Lunatic asylums Bombay report 1891-1903 - 1891-1903
Year: 1891
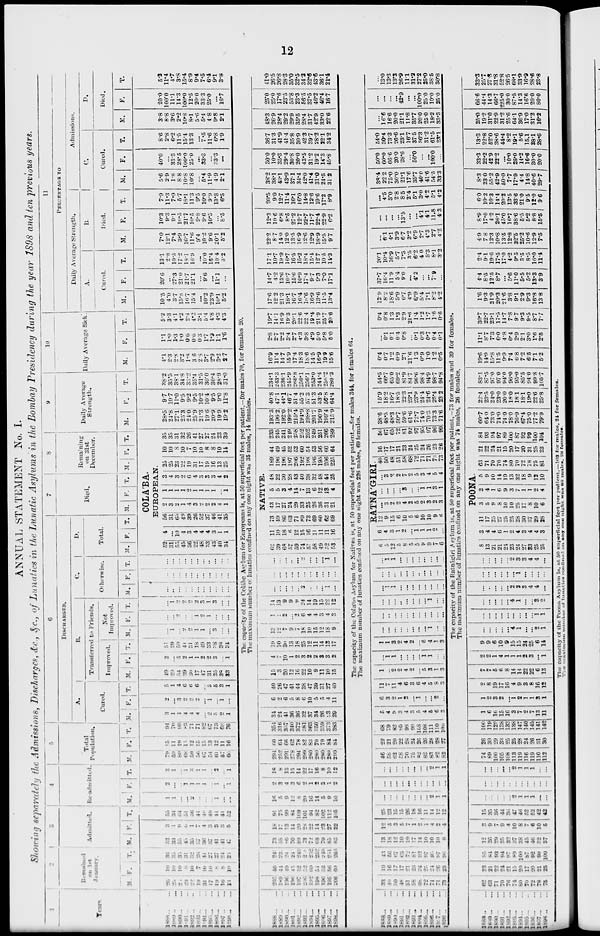
12
ANNUAL STATEMENT No. I.
Showing separately the Admissions, Discharges, &c., &c., of Lunatics in the Lunatic Asylums in the Bombay Presidency during the year 1898 and ten previous years.
1
Year.
1888 ... ...
1889 ... ...
1890 ... ...
1891 ... ...
1892 ... ...
1893 ... ...
1894 ... ...
1895 ... ...
1896 ... ...
1897 ... ...
1898 ... ...
2
Remained
on 1st
January
M.
26
25
25
23
22
19
31
17
19
16
13
F.
10
10
10
8
10
7
10
10
8
8
10
T.
36
35
35
31
32
26
41
27
27
24
23
3
Admitted.
M.
52
33
55
45
35
37
36
37
41
41
47
F.
3
1
9
6
1
7
4
3
3
3
5
T.
55
34
64
51
36
44
40
40
44
44
52
4
Re-admitted.
M.
1
1
...
...
2
...
...
...
1
...
...
F.
2
...
...
1
1
1
1
...
1
...
1
T.
3
1
...
1
3
1
1
...
2
...
1
5
Total
Population.
M.
79
59
80
68
59
55
67
54
61
57
60
F.
15
11
19
15
12
15
15
13
12
11
16
T.
94
70
99
83
71
71
82
67
73
68
76
6
DISCHARGED.
A.
Cured.
M.
3
1
1
4
4
4
...
2
5
2
1
F.
2
...
3
2
2
2
...
1
...
1
...
T.
5
1
4
6
6
6
...
3
5
3
1
B.
Transferred to Friends.
Improved.
M.
49
29
54
39
30
17
47
31
35
38
33
F.
2
...
5
2
1
1
2
2
3
...
1
T.
51
29
59
41
31
18
49
33
38
38
34
Not
Improved.
M.
...
1
...
2
2
1
1
...
3
...
...
F.
...
...
2
...
...
1
2
1
...
...
...
T.
...
1
2
2
2
2
3
1
3
...
...
C.
Otherwise.
M.
...
...
...
...
...
...
...
...
...
...
...
F.
...
...
...
...
...
...
...
...
...
...
...
T.
...
...
...
...
...
...
...
...
...
...
...
D.
Total.
M.
F. T.
7
Died.
M.
F.
T.
8
Remaining
on 31st
December.
M.
F.
T .
COLA'BA.
EUROPEAN.
52
31
55
45
36
22
48
33
43
40
34
4
...
10
4
3
4
4
4
3
1
1
56
31
65
49
39
26
52
37
46
41
35
2
3
2
1
4
3
2
2
2
4
1
1
1
1
1
2
1
1
1
1
...
1
3
4
3
2
6
4
3
3
3
4
2
25
25
23
22
19
31
17
19
16
13
25
10
10
8
10
7
10
10
8
8
10
14
35
35
31
32
26
41
27
27
24
23
39
9
Daily Average
Strength.
M.
28.5
24.8
27.1
25.3
24.0
25.9
21.3
19.6
20.9
19.9
19.2
F.
9.7
10.7
11.0
9.5
9.2
9.5
10.2
10.4
9.5
9.0
11.8
T.
38.2
35.5
38.1
34.8
33.2
35.4
31.5
30.0
30.4
28.9
31.0
10
Daily Average Sick.
M.
4.1
2.3
2.8
3.2
1.8
3.6
2.8
3.7
2.9
3.2
2.7
F.
1.1
1.0
1.3
1.0
0.6
0.6
0.3
1.7
1.9
1.1
1.6
T.
5.2
3.3
4.1
4.2
2.4
4.2
3.1
5.4
4.8
4.3
4.3
11
PERCENTAGE TO
Daily Average Strength.
A.
Cured.
M.
10.5
4.0
3.7
15.8
10.7
15.4
...
10.2
23.9
10.1
5.2
F.
20.6
...
27.3
21.0
21.7
21.1
...
9.6
...
11.1
...
T.
13.1
2.8
10.5
17.2
18.1
16.1
...
16.0
16.4
10.4
3.2
B.
Died.
M.
7.0
12.1
7.4
3.9
16.7
11.0
9.4
10.2
9.6
20.1
5.2
F.
10.3
9.3
9.1
10.5
21.7
10.5
9.8
9.6
10.5
...
8.5
T.
7.9
11.3
7.9
5.7
18.1
11.3
9.5
10.0
9.9
13.8
6.5
Admissions.
C.
Cured.
M.
5.6
29
1.8
8.8
10.8
10.8
...
5.4
11.9
4.9
2.1
F.
40.0
...
33.3
28.5
100.0
25.0
...
33.3
...
33.3
...
T.
8.6
2.8
6.2
11.5
15.4
13.3
...
7.5
11.6
6.8
1.9
D.
Died.
M.
3.8
8.8
3.6
2.2
10.8
8.1
5.6
5.4
4.8
9.8
2.1
F.
20.0
100.0
11.1
14.3
100.0
12.5
20.0
33.3
25.0
...
16.7
T.
5.3
11.4
4.7
3.8
15.4
8.9
9.4
7.5
6.4
9.1
3.8
The capacity of the Colába Asylum for Europeans is, at 50 superficial feet per patient.—for males 70, for females 20.
The maximum number of lunatics confined on any one night was 35 males, 14 females.
1888 ... ...
1889 ... ...
1890
... ...
1891 ... ...
1892 ... ...
1893 ... ...
1894 ... ...
1895
... ...
1896 ... ...
1897 ... ...
1898
... ...
205
189
196
196
197
206
192
198
196
195
206
40
44
49
45
52
52
60
54
53
56
60
245
233
241
241
249
258
252
252
249
251
266
73
58
86
70
89
73
72
68
79
85
83
18
17
13
14
20
28
22
14
23
27
22
91
75
99
84
l09
101
94
82
102
112
105
16
5
9
12
8
20
16
14
5
9
10
2
3
4
3
6
2
1
2
3
1
2
18
8
13
15
14
22
17
16
8
10
12
294
252
291
278
294
299
280
280
280
289
299
60
64
66
62
78
82
83
70
79
84
84
354
316
357
340
372
381
363
350
359
373
383
34
24
41
36
36
32
37
34
26
23
29
6
2
6
5
8
6
10
5
5
4
11
40
26
47
41
44
38
47
39
31
27
40
15
3
20
12
36
22
10
9
11
10
15
4
7
10
1
2
3
2
2
3
3
2
19
10
30
13
38
25
12
11
14
13
17
13
12
7
9
7
18
10
15
12
18
9
1
1
2
...
2
6
4
4
3
4
3
14
13
9
9
9
24
14
19
15
22
12
...
...
...
...
...
2
...
...
...
1
...
...
...
...
...
...
...
...
...
...
...
...
...
...
...
...
...
2
...
...
...
1
...
NATIVE.
62
39
68
57
59
74
57
58
49
52
53
11
10
18
6
12
15
16
11
11
11
16
73
49
86
63
71
89
73
69
60
63
69
43
17
27
24
29
33
25
26
36
31
21
5
5
3
4
14
7
13
6
12
13
4
48
22
30
28
43
40
38
32
48
44
25
189
196
196
197
206
192
198
196
195
206
225
44
49
45
52
52
60
54
53
56
60
64
233
245
241
249
258
252
252
249
251
266
289
193.3
196.2
192.0
399.2
215.4
194.9
198.8
201.7
190.9
199.4
215.9
40.8
47.1
44.1
46.7
514
55.2
57.3
51.3
53.5
56.8
64.4
234.1
243.3
236.1
245.9
266.8
250.1
256.1
253.0
244.4
256.2
280.3
16.9
11.4
14.7
15.9
17.4
18.3
18.6
14.5
16.9
19.9
15.6
2.8
2.7
2.2
3.4
2.7
4.3
3.8
4.9
5.0
5.8
5.0
19.7
14.1
16.9
19.3
20.1
22.6
22.4
19.4
21.9
26.7
20.6
17.6
12.2
21.3
18.1
36.7
16.4
18.6
16.9
13.6
11.5
13.4
14.7
4.2
33.6
10.7
15.6
10.9
17.4
9.7
9.3
7.0
17.1
17.1
10.7
19.9
16.7
36.5
15.2
18.4
15.4
12.7
10.5
14.3
22.2
8.7
14.0
12.0
13.5
16.9
12.6
12.9
18.9
15.5
9.7
12.3
10.6
6.8
8.5
27.2
12.7
22.7
11.7
22.4
22.9
6.2
20.5
9.0
12.7
11.4
16.1
16.0
14.8
12.6
19.6
17.2
8.9
38.2
38.1
43.1
43.9
37.1
34.4
42.0
41.4
31.0
24.5
31.2
30.0
10.0
35.3
29.4
30.8
20.0
43.5
31.2
19.2
14.3
45.8
36.7
31.3
41.9
41.4
358
30.9
42.3
39.7
28.2
22.1
34.2
48.3
26.9
28.4
29.2
29.9
35.5
28.4
31.7
42.9
33.0
22.6
25.0
25.0
17.6
23.5
53.8
23.3
56.5
37.5
46.2
46.4
16.7
41.0
26.5
26.8
28.3
35.0
32.5
34.2
32.6
43.6
36.1
21.4
The capacity of the Colába Asylum for Natives is, at 50 superficial feet per patient,—for males 344, for females 64.
The maximum number of lunatics confined on any one night was 226 males, 69 females.
1888 ... ...
1889 ... ...
1890 ... ...
1891 ... ...
1892 ... ...
1893 ... ...
1894 ... ...
1895 ... ...
1896 ... ...
1897 ... ...
1898 ... ...
33
40
50
48
51
58
68
72
71
71
73
10
16
37
17
21
23
24
25
24
26
23
43
56
67
65
72
81
92
97
95
97
96
13
18
12
10
19
17
14
10
10
10
8
12
5
3
5
7
1
2
1
4
2
4
25
23
15
15
26
18
16
11
14
12
12
...
...
...
...
...
...
...
...
2
1
1
...
...
...
...
...
...
...
...
...
...
...
...
...
...
...
...
...
...
...
2
1
1
46
58
62
58
70
75
82
82
83
82
82
22
21
20
22
28
24
26
26
28
28
27
68
79
82
80
98
99
168
108
111
110
109
5
4
9
3
4
3
5
4
5
6
3
6
3
2
1
2
...
1
...
...
2
...
11
7
11
4
6
3
6
4
5
8
3
1
...
2
2
4
2
...
5
3
1
3
...
1
1
...
...
...
1
1
...
...
1
1
3
2
4
2
...
6
4
1
3
...
...
...
...
...
...
...
...
1
...
...
...
..
...
...
...
...
...
...
...
...
...
...
...
...
..
...
...
...
...
1
...
...
...
1
1
...
...
...
...
...
...
...
...
...
...
...
...
...
...
...
...
...
...
...
...
1 1
...
...
...
...
...
...
...
...
6
5
12
5
8
5
5
9
9
7
6
RATNA'GIRI.
6
4
3
1
2
...
1
1
1
2
...
12
9
15
6
10
5
6
10
10
9
6
...
3
2
2
4
2
5
2
3
2
3
...
...
...
... 3
...
...
1
1
3
1
...
3
2
2
7
2
5
3
4
5
4
40
50
48
51
58
68
72
71
71
73
73
16
17
17
21
23
24
25
24
26
23
26
56
67
65
72
81
92
97
95
97
96
99
38.6
48.5
48.3
50.7
59.6
61.6
72.7
74.0
70.3
73.3
71.6
15.9
18.2
36.7
18.5
22.3
23.1
23.9
24.4
24.6
25.4
23.2
54.5
66.7
65.0
69.2
81.9
84.7
96.6
98.4
94.9
98.7
94.8
0.4
0.7
1.2
0.9
2.1
21.6
1.3
0.9
1.0
1.2
0.5
...
0.1
0.1
0.4
0.8
...
0.1
0.3
0.7
0.4
0.1
0.4
0.8
1.3
1.3
29.
21.6
1.4
1.2
1.7
1.6
0.6
12.9
8.2
18.6
5.9
6.7
4.9
6.9
5.4
7.1
8.2
4.2
37.7
16.4
11.9
5.4
9.0
...
4.2
...
...
7.9
...
20.1
10.4
16.9
5.7
7.3
3.5
6.2
4.0
5.3
8.1
3.2
...
6.1
4.1
3.9
6.7
3.2
6.9
2.7
4.3
2.7
4.2
...
... ...
...
13.5
...
... 4.1
4.1
11.8
4.3
...
4.5
3.0
2.8
8.5
2.4
5.1
3.0
4.2
5.1
4.2
38.4
22.2
75.0
30.0
21.1
17.6
35.7
40.0
41.6
54.5
33.3
50.0
60.0
66.6
20.0
28.6
...
50.0
...
...
100.0
...
54.0
30.4
73.3
26.6
23.1
16.7
37.5
36.3
31.2
61.5
23.1
...
16.6
16.6
20.0
21.1
11.8
35.7
20.0
25.0
18.2
33.3
...
...
...
...
42.9
...
...
100.0
25.0
10.0
25.0
...
13.0
13.3
13.3
26.9
11.1
31.2
27.2
25.0
38.5
30.8
The capacity of the Ratnágiri Asylum is, at 50 superficial feet per patient,—73 for males and 39 for females.
The maximum number of lunatics confined on any one night was 74 males, 26 females.
1888 ... ...
1889 ... ...
1890 ... ...
1891 ... ...
1892 ... ...
1893 ... ...
1894 ... ...
1895 ... ...
1896 ... ...
1897 ... ...
1898 ... ...
62
63
71
70
70
74
80
70
72
78
75
23
21
22
24
21
15
20
17
20
21
25
85
84
93
94
97
89
100
87
92
99
100
12
26
29
35
32
37
38
45
46
32
37
3
9
7
9
4
10
8
7
6
10
5
15
35
36
44
36
47
46
52
52
42
42
...
...
...
...
...
2
1
1
1
...
...
...
...
...
...
...
...
...
...
...
...
...
...
...
...
...
...
2
1
1
1
...
...
74
89
100
105
108
113
119
116
119
110
112
26
30
29
33
25
25
28
24
26
31
30
100
119
129
138
133
138
147
140
145
141
142
1
6
16
15
16
3
7
2
7
13
11
1
2
3
2
...
1
2
1
1
3
1
2
8
19
17
16
4
9
3
8
16
12
7
7
5
6
8
14
14
22
22
6
13
2
2
1
4
1
1
1
2
3
...
1
9
9
6
10
9
15
15
24
25
6
14
...
...
...
...
...
4
1
...
...
2
1
...
...
...
...
...
...
...
...
...
1
1
...
...
...
...
...
4
1
...
...
3
2
...
..
...
...
...
2
2
3
4
4
...
...
...
...
...
...
...
1
...
...
...
...
...
...
...
...
2
3
3
4
4
...
POONA.
8
13
21
21
24
23
24
27
33
25
25
3
4
4
6
1
2
4
3
4
4
3
11
17
25
27
25
25
28
30
37
29
28
3
5
9
8
10
10
25
17
8
10
6
2
4
1
6
9
3
7
1
1
2
4
5
9
10
34
39
13
32
18
9
12
10
63
71
70
76
74
80
70
72
78
75
81
21
22
24
21
15
20
17
20
21
25
23
84
93
94
97
89
100
87
92
99
100
104
60.7
64.0
73.0
74.0
74.0
78.0
76.9
67.4
75.0
77.2
79.9
22.4
23.5
24.0
23.0
20.0
18.0
18.1
18.1
19.0
22.6
25.8
83.1
87.5
97.0
97.0
94.0
96.0
95.0
85.5
94.0
99.8
105.7
19.6
14.0
15.8
11.5
9.9
7.4
6.8
7.2
6.5
7.1
5.2
11.1
8.7
7.3
6.0
4.8
0.4
2.9
2.1
3.0
1.6
2.5
30.7
22.7
23.1
17.5
14.7
7.8
9.7
9.3
9.5
8.7
7.7
1.6
9.3
21.9
20.3
21.6
3.8
9.1
2.9
9.3
36.8
13.8
4.4
8.5
12.5
8.7
...
5.6
11.0
5.5
5.2
13.3
3.9
2.4
9.1
19.6
17.5
17.0
4.2
9.5
3.5
8.5
16.0
11.4
4.9
78
12.3
10.8
13.5
12.8
32.5
25.2
10.6
12.9
7.5
8.9
17.0
4.2
26.1
45.0
16.7
38.6
5.5
5.2
8.8
15.5
6.0
10.2
10.3
14.4
20.2
13.5
33.6
21.0
9.5
12.0
9.6
8.3
23.0
55.2
42.9
50.0
7.7
17.9
4.4
14.8
40.6
29.7
33.3
22.2
42.9
22.2
...
30.0
25.0
14.2
16.6
30.0
20.0
13.3
22.8
52.0
38.6
44.4
8.2
19.1
5.6
15.1
38.1
28.6
25.0
19.2
31.0
22.9
31.2
25.6
64.1
36.9
17.0
33.2
16.2
66.6
44.4
14.3
66.7
225.0
30.0
87.5
14.3
16.6
20.0
80.0
33.3
25.7
27.8
31.8
52.8
26.5
68.1
33.9
16.9
28.6
23.8
The capacity of the Poona Asylum is, at, 50 superficial feet per patient,—103 for males, 21 for females.
The maximum
number
of lunatics confined on any one night was 88 males, 28
females.